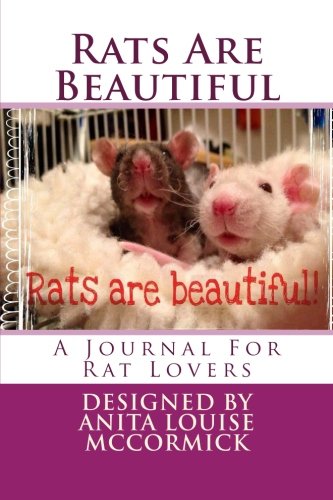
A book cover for Rats Are Beautiful: A Journal For Rat Lovers; Anita Louise McCormick; Crafts, Hobbies & Home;